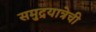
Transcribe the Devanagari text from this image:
समुद्रयात्रेची